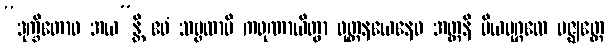
“ဒုက္ခိတောဝ အယ”န္တိ ဧဝံ သဗ္ဗထာပိ ကရုဏာယိတွာ ဝုတ္တနယေနေဝ အတ္တနိ ပိယပုဂ္ဂလေ မဇ္ဈတ္တေ